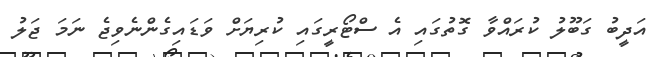
އަދީބު ގަބޫލު ކުރައްވާ ގޮތުގައި އެ ސްޓޯރީގައި ކުރިޔަށް ވަޑައިގެންނެވިޖެ ނަމަ ޖަލު